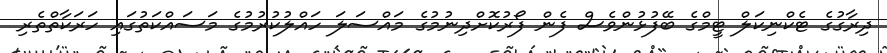
ދިރާގުގެ ޓެކްނިކަލް ޓީމްގެ ބޭފުޅުންވެސް ފެން ފޯރުކޮށްދިނުމުގެ މައްސަލަ ހައްލުކުރުމުގެ މަސައްކަތުގައި ހަރަކާތްތެރި